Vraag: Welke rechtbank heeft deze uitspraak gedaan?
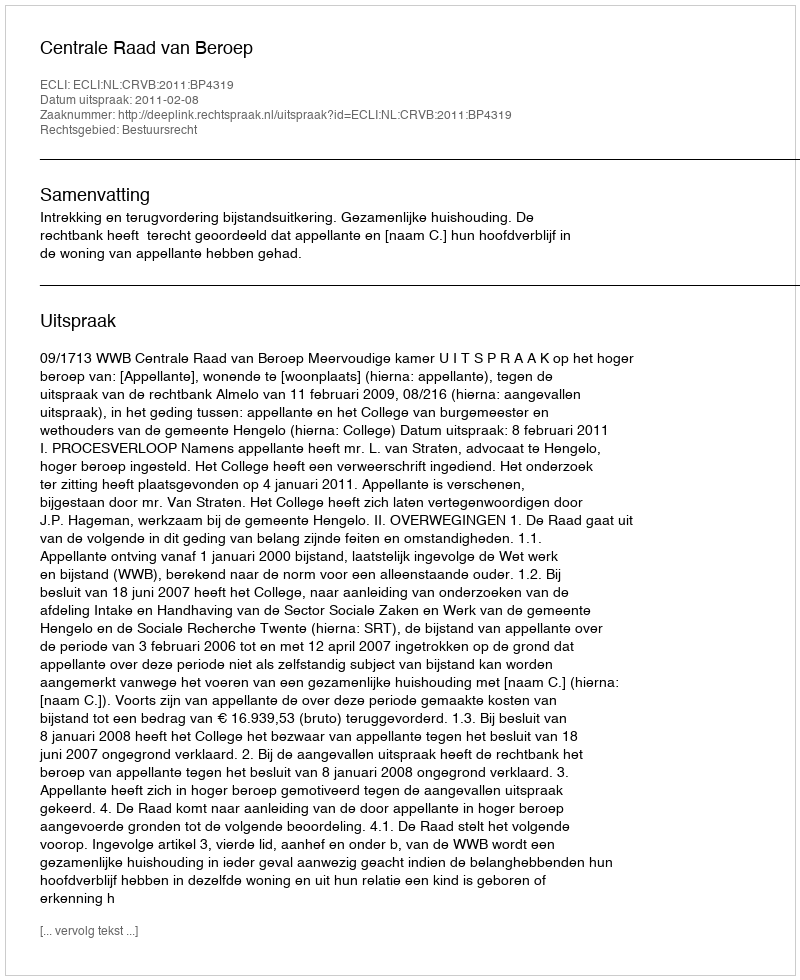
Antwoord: Centrale Raad van Beroep